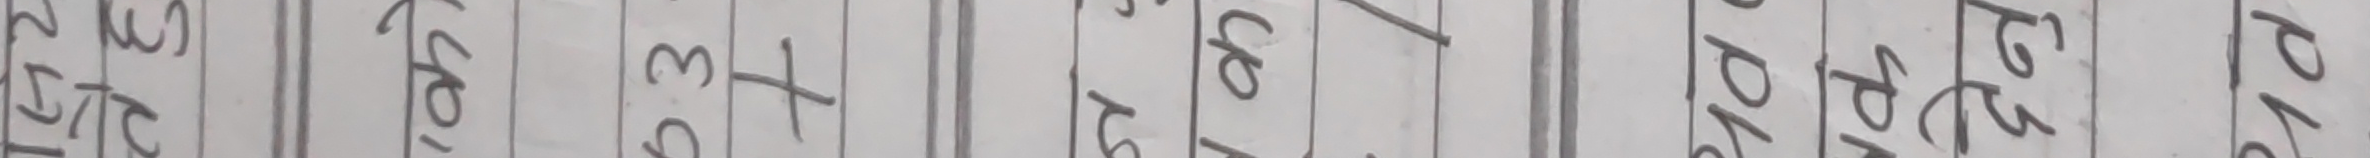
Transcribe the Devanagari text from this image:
केटीहरुमध्ये